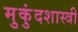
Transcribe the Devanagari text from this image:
मुुकुंदशास्त्री